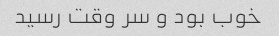
خوب بود و سر وقت رسید